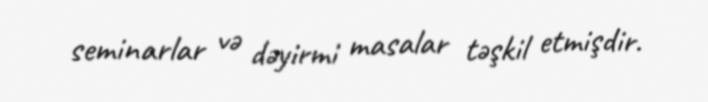
seminarlar və dəyirmi masalar təşkil etmişdir.